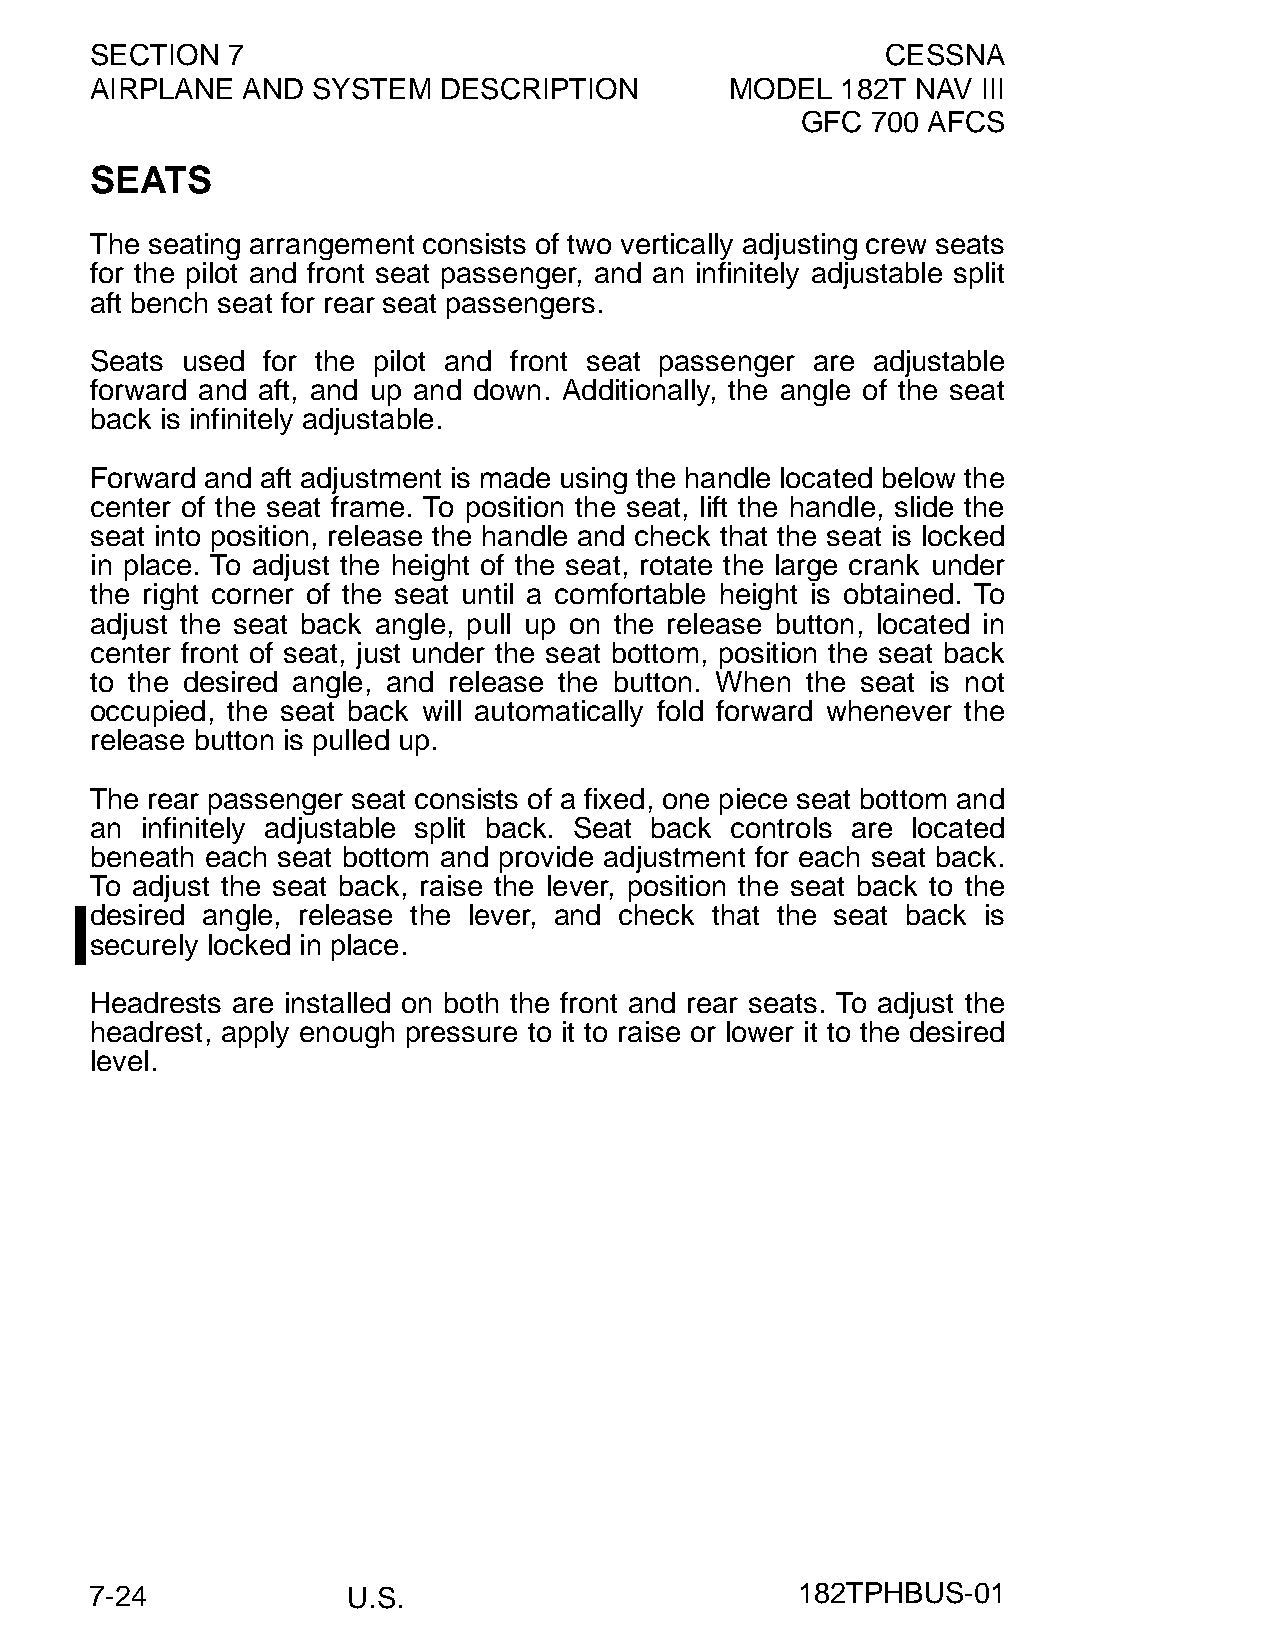
SECTION  7                                           CESSNA
 AIRPLANE  AND  SYSTEM  DESCRIPTION        MODEL   182T NAV III
 GFC  700 AFCS
 SEATS
 The seating arrangement consists of two vertically adjusting crew seats
 for the pilot and front seat passenger, and an infinitely adjustable split
 aft bench seat for rear seat passengers.
 Seats used for the pilot and front seat passenger are adjustable
 forward and aft, and up and down. Additionally, the angle of the seat
 back is infinitely adjustable.
 Forward and aft adjustment is made using the handle located below the
 center of the seat frame. To position the seat, lift the handle, slide the
 seat into position, release the handle and check that the seat is locked
 in place. To adjust the height of the seat, rotate the large crank under
 the right corner of the seat until a comfortable height is obtained. To
 adjust the seat back angle, pull up on the release button, located in
 center front of seat, just under the seat bottom, position the seat back
 to the desired angle, and release the button. When the seat is not
 occupied, the seat back will automatically fold forward whenever the
 release button is pulled up.
 The rear passenger seat consists of a fixed, one piece seat bottom and
 an infinitely adjustable split back. Seat back controls are located
 beneath each seat bottom and provide adjustment for each seat back.
 To adjust the seat back, raise the lever, position the seat back to the
 desired angle, release the lever, and check that the seat back is
 securely locked in place.
 Headrests are installed on both the front and rear seats. To adjust the
 headrest, apply enough pressure to it to raise or lower it to the desired
 level.
 7-24             U.S.                          182TPHBUS-01